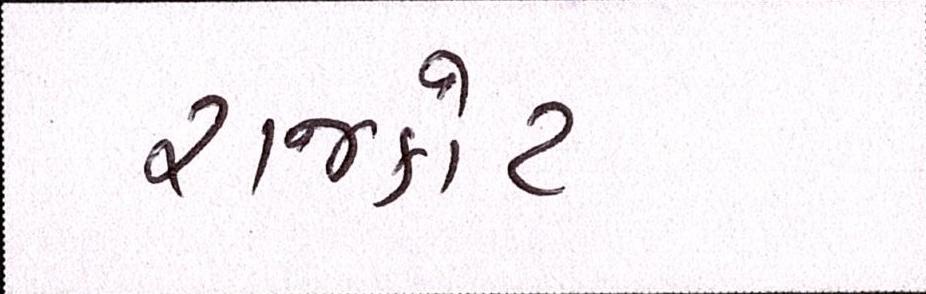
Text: રાજકોટ